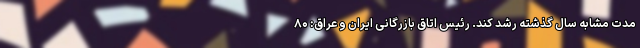
مدت مشابه سال گذشته رشد کند. رئیس اتاق بازرگانی ایران و عراق: ۸۰